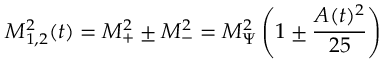
M _ { 1 , 2 } ^ { 2 } ( t ) = M _ { + } ^ { 2 } \pm M _ { - } ^ { 2 } = M _ { \Psi } ^ { 2 } \left( 1 \pm \frac { A ( t ) ^ { 2 } } { 2 5 } \right)